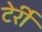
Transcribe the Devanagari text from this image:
टेर्री